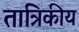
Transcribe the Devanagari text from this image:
तात्रिकीय